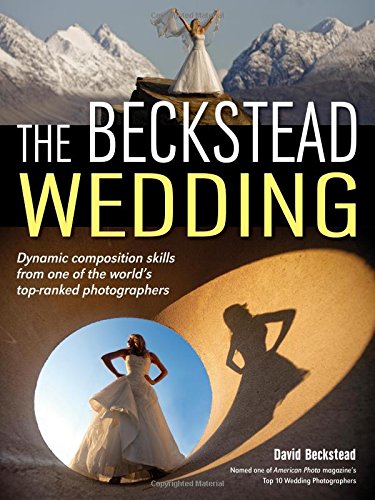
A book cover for The Beckstead Wedding: Dynamic Composition Skills From One of the World's Top-Ranked Photographers; David Beckstead; Crafts, Hobbies & Home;